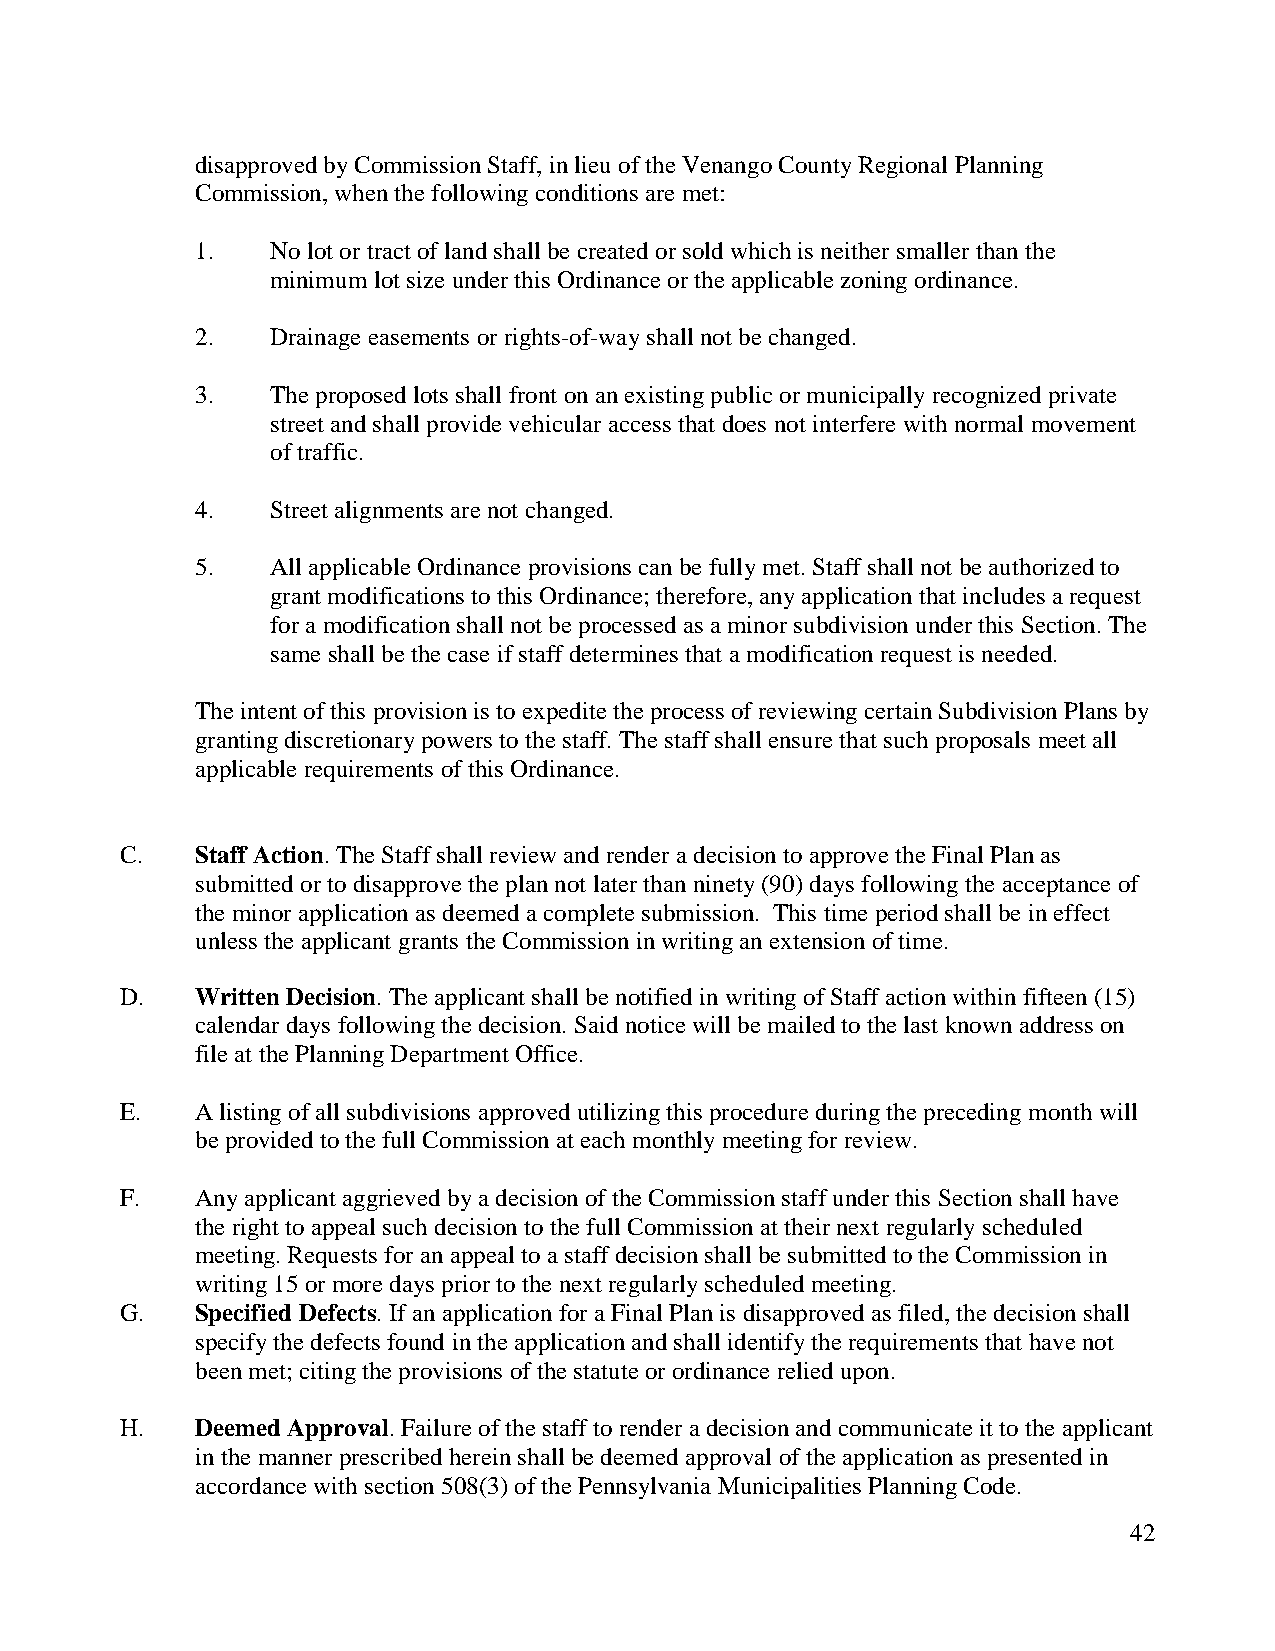
disapproved by Commission Staff, in lieu of the Venango County Regional Planning
 Commission, when the following conditions are met:
 1.   No lot or tract of land shall be created or sold which is neither smaller than the
 minimum lot size under this Ordinance or the applicable zoning ordinance.
 2.   Drainage easements or rights-of-way shall not be changed.
 3.   The proposed lots shall front on an existing public or municipally recognized private
 street and shall provide vehicular access that does not interfere with normal movement
 of traffic.
 4.   Street alignments are not changed.
 5.   All applicable Ordinance provisions can be fully met. Staff shall not be authorized to
 grant modifications to this Ordinance; therefore, any application that includes a request
 for a modification shall not be processed as a minor subdivision under this Section. The
 same shall be the case if staff determines that a modification request is needed.
 The intent of this provision is to expedite the process of reviewing certain Subdivision Plans by
 granting discretionary powers to the staff. The staff shall ensure that such proposals meet all
 applicable requirements of this Ordinance.
 C.   Staff Action. The Staff shall review and render a decision to approve the Final Plan as
 submitted or to disapprove the plan not later than ninety (90) days following the acceptance of
 the minor application as deemed a complete submission. This time period shall be in effect
 unless the applicant grants the Commission in writing an extension of time.
 D.   Written Decision. The applicant shall be notified in writing of Staff action within fifteen (15)
 calendar days following the decision. Said notice will be mailed to the last known address on
 file at the Planning Department Office.
 E.   A listing of all subdivisions approved utilizing this procedure during the preceding month will
 be provided to the full Commission at each monthly meeting for review.
 F.   Any applicant aggrieved by a decision of the Commission staff under this Section shall have
 the right to appeal such decision to the full Commission at their next regularly scheduled
 meeting. Requests for an appeal to a staff decision shall be submitted to the Commission in
 writing 15 or more days prior to the next regularly scheduled meeting.
 G.   Specified Defects. If an application for a Final Plan is disapproved as filed, the decision shall
 specify the defects found in the application and shall identify the requirements that have not
 been met; citing the provisions of the statute or ordinance relied upon.
 H.   Deemed Approval. Failure of the staff to render a decision and communicate it to the applicant
 in the manner prescribed herein shall be deemed approval of the application as presented in
 accordance with section 508(3) of the Pennsylvania Municipalities Planning Code.
 42